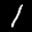
Digit: 1